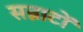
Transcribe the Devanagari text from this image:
सन्नाटों